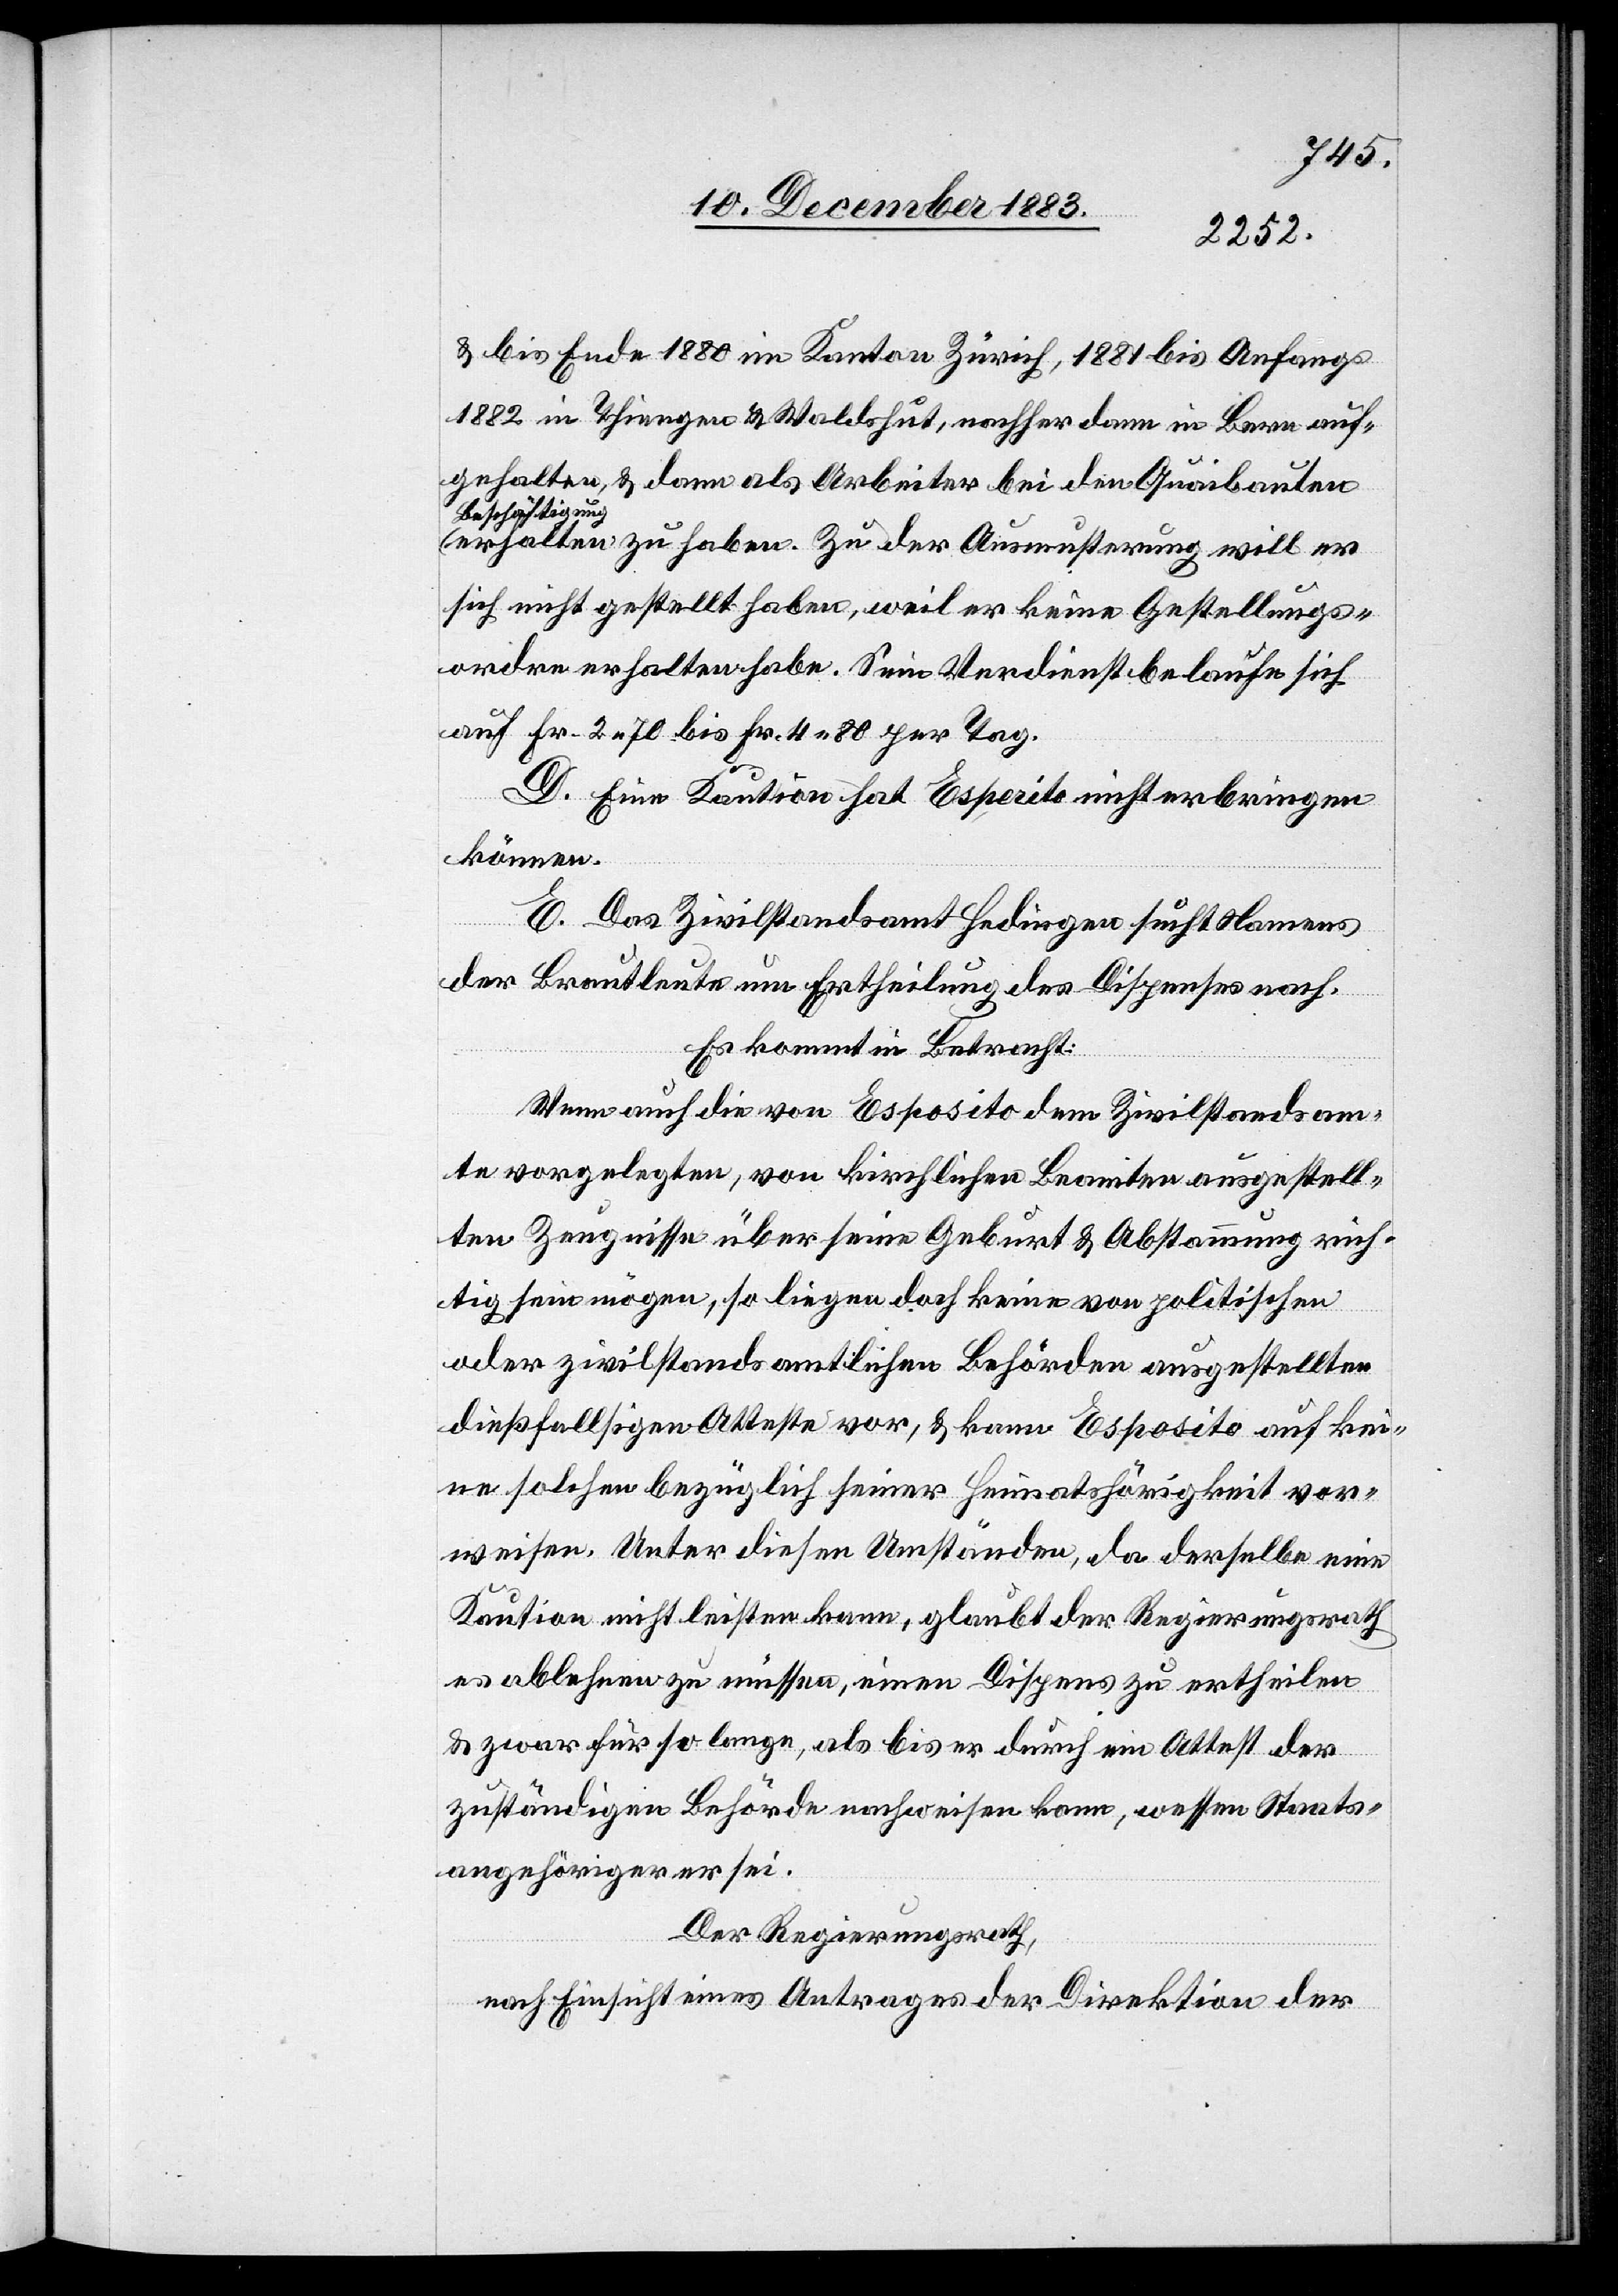
& bis Ende 1880 im Kanton Zürich, 1881 bis Anfangs
1882 in Thiengen & Waldshut, nachher dann in Bern auf¬
gehalten, & dann als Arbeiter bei den Quaibauten
Beschäftigung
erhalten zu haben. Zu der Ausmusterung will er
sich nicht gestellt haben, weil er keine Gestellungs¬
ordre erhalten habe. Sein Verdienst belaufe sich
auf Fr. 2 70 bis Fr.4 80 per Tag.
D. Eine Kaution hat Espesito [sic!] nicht erbringen
können.
E. Das Zivilstandsamt Hedingen sucht Namens
der Brautleute um Ertheilung des Dispenses nach.
Es kommt in Betracht:
Wenn auch die von Esposito dem Zivilstandsam¬
te vorgelegten, von kirchlichen Beamten ausgestell¬
ten Zeugnisse über seine Geburt & Abstammung rich¬
tig sein mögen, so liegen doch keine von politischen
oder zivilstandsamtlichen Behörden ausgestellten
dießfallsigen Atteste vor, & kann Esposito auf kei¬
ne solchen bezüglich seiner Heimatshörigkeit ver¬
weisen. Unter diesen Umständen, da derselbe eine
Kaution nicht leisten kann, glaubt der Regierungsrath
es ablehnen zu müssen, einen Dispens zu ertheilen
& zwar für so lange, als bis er durch ein Attest der
zuständigen Behörde nachweisen kann, wessen Staats¬
angehöriger er sei.
Der Regierungsrath,
nach Einsicht eines Antrages der Direktion der